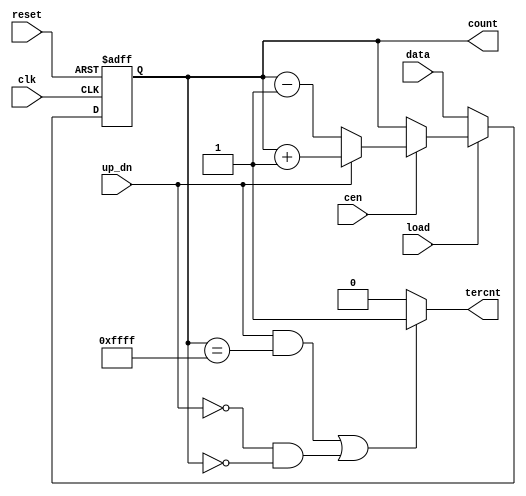
module DW8051_updn_ctr    (data,
                           up_dn,
                           load,
                           cen,
                           clk,
                           reset,
                           count,
                           tercnt
			   );
 parameter width = 16;
 
 input [(width-1):0] data;
 input up_dn;
 input load;
 input cen;
 input clk;
 input reset;
 output [(width-1):0] count;
 output tercnt;

//------------------------------------------------------------------------------
wire [(width-1):0] count;
wire tercnt;
wire [(width-1):0] max_count;

//---------------
// local signals:
//---------------
reg [(width-1):0] ctr_state;
wire [(width-1):0] next_state;
 
//------------------------------------------------------------------------------

  assign max_count = ( 1 << width) - 1;

  assign next_state = (load == 0) ? data : 
		      ((cen == 0) ? ctr_state :
		      ((up_dn == 1) ? (ctr_state + 1) : (ctr_state - 1)));
  
  always @(posedge clk or negedge reset)
    if (!reset)
      ctr_state <= 0;
    else
      ctr_state <= next_state;

  assign  count  = ctr_state;
  assign tercnt = ((up_dn == 1 && ctr_state == max_count) ||
		   (up_dn == 0 && ctr_state == 0)) ? 1 : 0;
endmodule